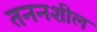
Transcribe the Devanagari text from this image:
तननशील